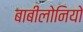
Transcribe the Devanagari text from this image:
बाबीलोनियो